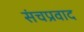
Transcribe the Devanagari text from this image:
संचप्रवाद